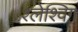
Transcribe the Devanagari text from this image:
श्लेश्विग